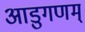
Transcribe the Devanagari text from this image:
आडुगणम्